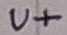
Text: U+